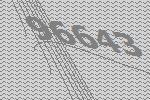
96643